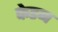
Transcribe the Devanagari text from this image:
फेडन